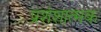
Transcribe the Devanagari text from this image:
प्रशंशात्मक